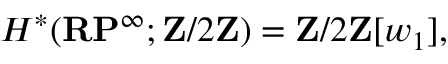
H ^ { * } ( \mathbf { R P } ^ { \infty } ; \mathbf { Z } / 2 \mathbf { Z } ) = \mathbf { Z } / 2 \mathbf { Z } [ w _ { 1 } ] ,